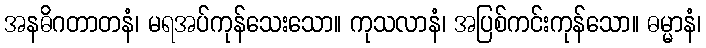
အနဓိဂတာတနံ၊ မရအပ်ကုန်သေးသော။ ကုသလာနံ၊ အပြစ်ကင်းကုန်သော။ ဓမ္မာနံ၊